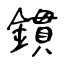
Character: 鏆